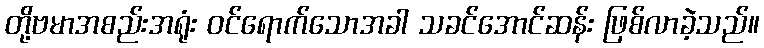
တို့ဗမာအစည်းအရုံး ဝင်ရောက်သောအခါ သခင်အောင်ဆန်း ဖြစ်လာခဲ့သည်။